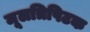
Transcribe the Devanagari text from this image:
मूलत्रिपिटक